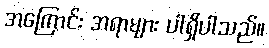
အကြောင်း အရာများ ပါရှိပါသည်။